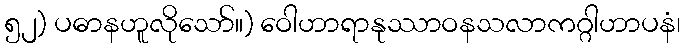
၅၂) ပဓာနဟူလိုသော်။) ဝေါဟာရာနုဿာဝနသလာကဂ္ဂါဟာပနံ၊